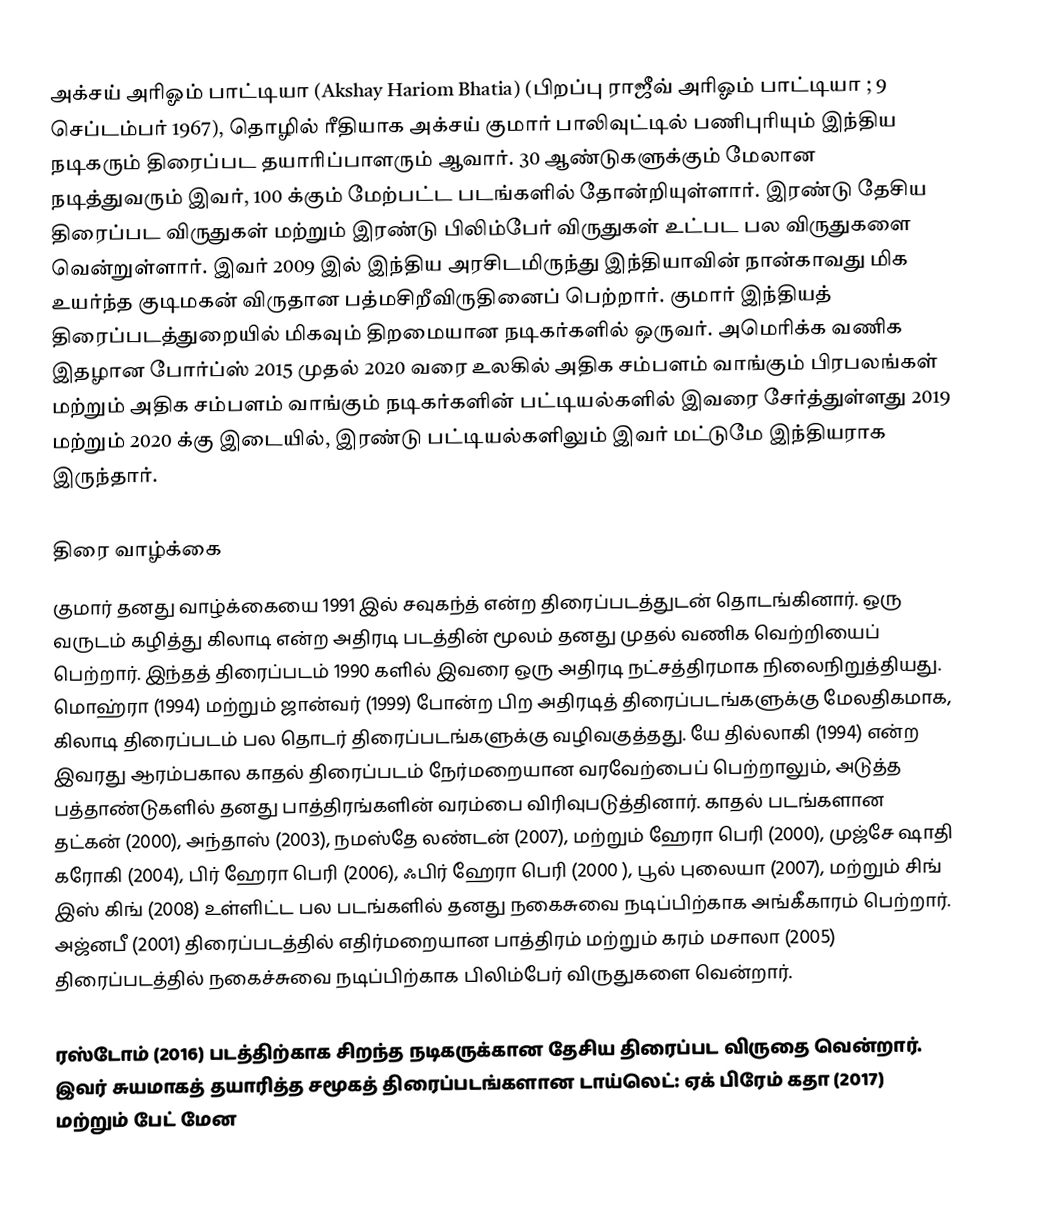
அக்சய் அரிஓம் பாட்டியா (Akshay Hariom Bhatia)  (பிறப்பு ராஜீவ் அரிஓம் பாட்டியா ; 9 செப்டம்பர் 1967),  தொழில் ரீதியாக அக்சய் குமார் பாலிவுட்டில் பணிபுரியும் இந்திய நடிகரும் திரைப்பட தயாரிப்பாளரும் ஆவார். 30 ஆண்டுகளுக்கும் மேலான நடித்துவரும் இவர், 100 க்கும் மேற்பட்ட படங்களில் தோன்றியுள்ளார். இரண்டு தேசிய திரைப்பட விருதுகள் மற்றும் இரண்டு பிலிம்பேர் விருதுகள் உட்பட பல விருதுகளை வென்றுள்ளார். இவர் 2009 இல் இந்திய அரசிடமிருந்து இந்தியாவின் நான்காவது மிக உயர்ந்த குடிமகன் விருதான பத்மசிறீவிருதினைப் பெற்றார். குமார் இந்தியத் திரைப்படத்துறையில் மிகவும் திறமையான நடிகர்களில் ஒருவர்.   அமெரிக்க வணிக இதழான போர்ப்ஸ் 2015 முதல் 2020 வரை உலகில் அதிக சம்பளம் வாங்கும் பிரபலங்கள் மற்றும் அதிக சம்பளம் வாங்கும் நடிகர்களின் பட்டியல்களில் இவரை சேர்த்துள்ளது   2019 மற்றும் 2020 க்கு இடையில், இரண்டு பட்டியல்களிலும் இவர் மட்டுமே இந்தியராக இருந்தார்.

திரை வாழ்க்கை
குமார் தனது வாழ்க்கையை 1991 இல் சவுகந்த் என்ற திரைப்படத்துடன் தொடங்கினார். ஒரு வருடம் கழித்து கிலாடி என்ற அதிரடி படத்தின் மூலம் தனது முதல் வணிக வெற்றியைப் பெற்றார். இந்தத் திரைப்படம் 1990 களில் இவரை ஒரு அதிரடி நட்சத்திரமாக நிலைநிறுத்தியது. மொஹ்ரா (1994) மற்றும் ஜான்வர் (1999) போன்ற பிற அதிரடித் திரைப்படங்களுக்கு மேலதிகமாக, கிலாடி திரைப்படம் பல தொடர் திரைப்படங்களுக்கு வழிவகுத்தது. யே தில்லாகி (1994) என்ற இவரது ஆரம்பகால காதல் திரைப்படம் நேர்மறையான வரவேற்பைப் பெற்றாலும், அடுத்த பத்தாண்டுகளில் தனது பாத்திரங்களின் வரம்பை விரிவுபடுத்தினார். காதல் படங்களான தட்கன் (2000), அந்தாஸ் (2003), நமஸ்தே லண்டன் (2007), மற்றும் ஹேரா பெரி (2000), முஜ்சே ஷாதி கரோகி (2004), பிர் ஹேரா பெரி (2006), ஃபிர் ஹேரா பெரி (2000 ),  பூல் புலையா (2007), மற்றும் சிங் இஸ் கிங் (2008) உள்ளிட்ட பல படங்களில் தனது நகைசுவை நடிப்பிற்காக அங்கீகாரம் பெற்றார். அஜ்னபீ (2001) திரைப்படத்தில் எதிர்மறையான பாத்திரம் மற்றும் கரம் மசாலா (2005) திரைப்படத்தில் நகைச்சுவை நடிப்பிற்காக பிலிம்பேர் விருதுகளை வென்றார்.

ரஸ்டோம் (2016) படத்திற்காக சிறந்த நடிகருக்கான தேசிய திரைப்பட விருதை வென்றார்.  இவர் சுயமாகத் தயாரித்த சமூகத் திரைப்படங்களான டாய்லெட்: ஏக் பிரேம் கதா (2017) மற்றும் பேட் மேன